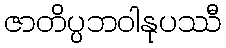
ဇာတိပ္ပဘဝါနုပဿီ